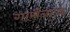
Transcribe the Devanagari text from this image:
गार्सेनाज़